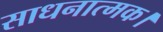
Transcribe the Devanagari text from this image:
साधनात्मक।